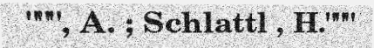
""", A. ; Schlattl , H."""